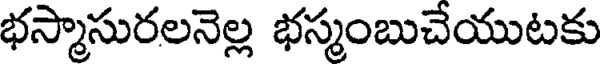
భస్మాసురలనెల్ల భస్మంబుచేయుటకు